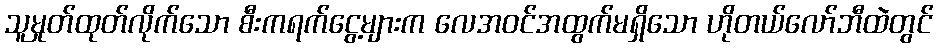
သူမှုတ်ထုတ်လိုက်သော စီးကရက်ငွေ့များက လေအဝင်အထွက်မရှိသော ဟိုတယ်လော်ဘီထဲတွင်